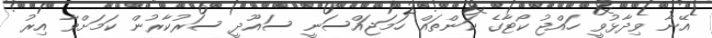
އޭނާ ވިދާޅުވީ ހައްޖު ކޯޓާގެ ކަންތައް ހަމަޖައްސަނީ ސައޫދީ ސަރުކާރުން ކަމަށްވާ އިރު